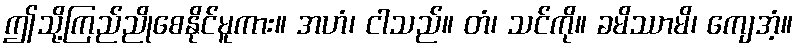
ဤသို့ကြည်ညိုစေနိုင်မူကား။ အဟံ၊ ငါသည်။ တံ၊ သင်ကို။ ခမိဿာမိ၊ ကျေအံ့။